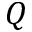
Q